Plague in India, 1896, 1897 - Volume 3
Year: 1896
Disease focus: Plague
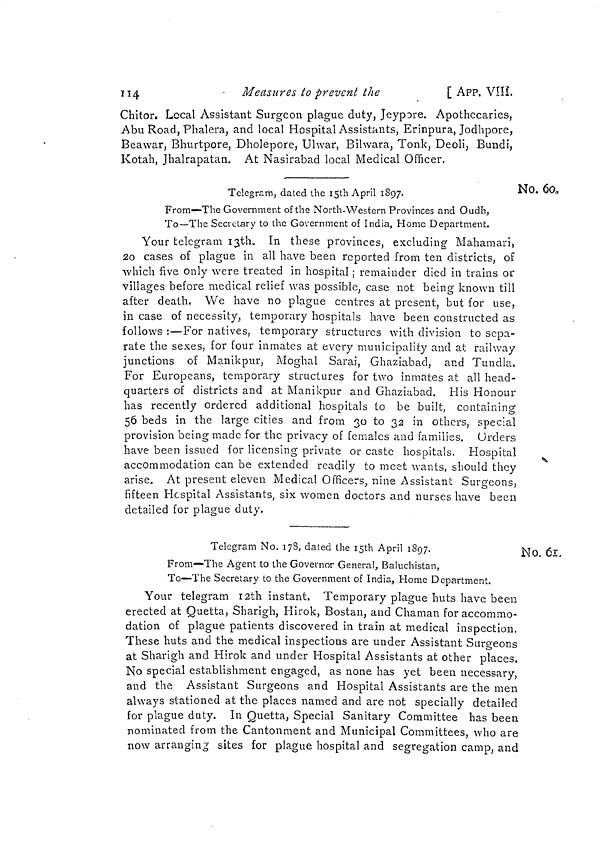
114
Measures to prevent the
[ APP. VÎÏÎ.
Chitor. Local Assistant Surgeon plague duty, Jeypore. Apothecaries,
Abu Road, Plialera, and local Hospital Assistants, Erinpura, Jodhpore,
Beawar, Bhurtpore, Dholepore, Uhvar, Bihvara, Tonk, Deoli, Bundi,
Kotah, Jhalrapatan. At Nasirabad local Medical Officer.
No. 60.
Telegram, dated the i5th April 1897.
F
rom—The Government of the North-Western Provinces and Oudh,
To—The Sccietary to the Goxernmcnt of India, Home Department.
Your telegram i3th„ In these provinces, excluding Mahamarî,
20 cases of plague in all have been reported from ten districts, of
which five only were treated in hospital ; remainder died in trains or
villages before medical relief was possible, case not being known till
after death. We have no plague centres at present, but for use,
in case of necessity, temporary hospitals have been constructed as
follows :—For natives, temporary structures with division to sepa-
rate the sexes, for four inmates at every municipality and at railway
junctions of Manikpur, Moghal Sarai, Ghaziabad, and Tundía,
For Europeans, temporary structures for two inmates at all head-
quarters of districts and at Manikpur and Ghaziabad. His Honour-
has recently ordered additional hospitals to be built, containing
56 beds in the large cities and from 30 to 32 in others, special
provision being made for the privacy of females and families. Orders
have been issued for licensing private or caste hospitals. Hospital
accommodation can be extended readily to meet wants, should they
arise. At present eleven Medical Officers., nine Assistant Surgeons,
fifteen Hcspital Assistants, six women doctors and nurses have been
detailed for plague duty.
No. 61.
Telegram No. 178, dated the i5th April 1897.
From—The Agent to the Governor General, Baluchistan,
To—The Secretary to the Government of India, Home Department.
Your telegram I2th instant. Temporary plague huts have been
erected at Quetta, Sharigh, Hirok, Bostan, and Chaman for accommo-
dation of plague patients discovered in train at medical inspection.
These huts and the medical inspections are under Assistant Surgeons
at Sharigh and Hirok and under Hospital Assistants at other places.
No special establishment engaged, as none has yet been necessary,
and the Assistant Surgeons and Hospital Assistants are the men
always stationed at the places named and are not specially detailed
for plague duty. In Quetta, Special Sanitary Committee has been
nominated from the Cantonment and Municipal Committees, who are
now arranging sites for plague hospital and segregation camp, and